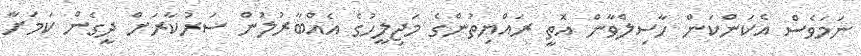
ނަމަވެސް އެކަންކަން ހާސިލްވާން އޮތީ ރައްޔިތުންގެ މަޖިލީހުގެ އެއްބާރުލުން ސަރުކާރަށް ދީގެން ކަމަށާ